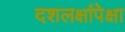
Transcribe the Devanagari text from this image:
दशलक्षांपेक्षा